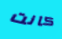
كانت